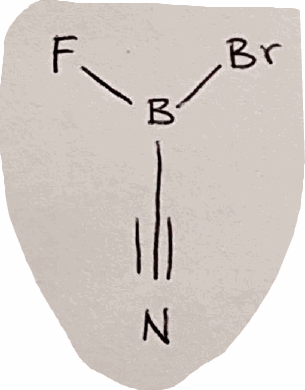
Simplified molecular-input line-entry system (SMILES) notation of the given molecule:
B(C#N)(F)Br